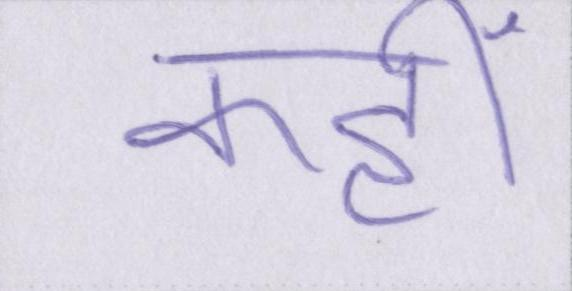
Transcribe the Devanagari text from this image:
कहीं